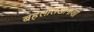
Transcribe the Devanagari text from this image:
बहलोलखानाशी